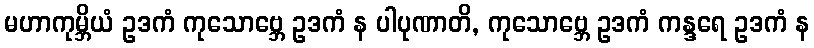
မဟာကုမ္ဘိယံ ဥဒကံ ကုသောဗ္ဘေ ဥဒကံ န ပါပုဏာတိ, ကုသောဗ္ဘေ ဥဒကံ ကန္ဒရေ ဥဒကံ န